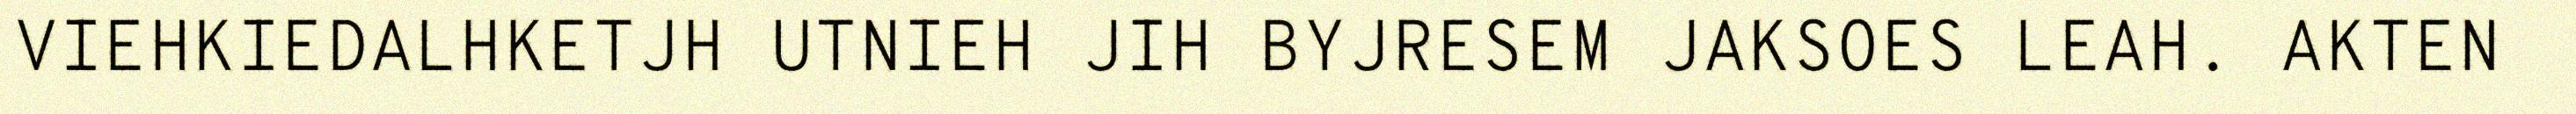
VIEHKIEDALHKETJH UTNIEH JIH BYJRESEM JAKSOES LEAH. AKTEN